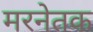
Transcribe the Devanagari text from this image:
मरनेतक